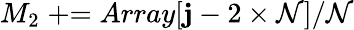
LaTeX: M_{2}\mathrel{+}=Array[\mathbf{j}-2\times\mathcal{N}]/\mathcal{N}